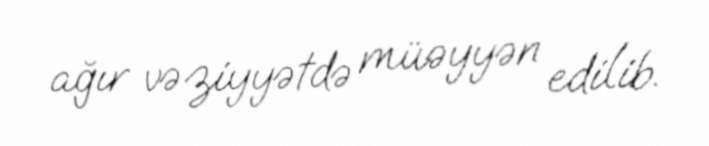
ağır vəziyyətdə müəyyən edilib.